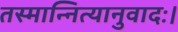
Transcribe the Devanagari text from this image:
तस्मान्नित्यानुवादः।